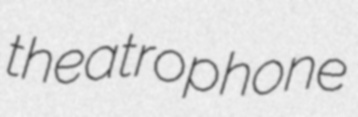
theatrophone